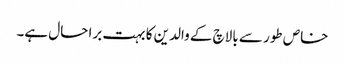
خاص طور سے بالاچ کے والدین کا بہت برا حال ہے۔